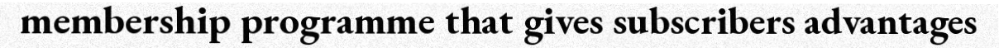
membership programme that gives subscribers advantages